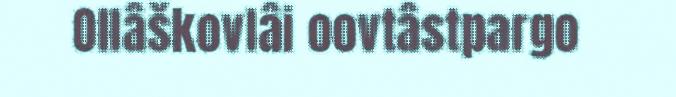
Ollâškovlâi oovtâstpargo